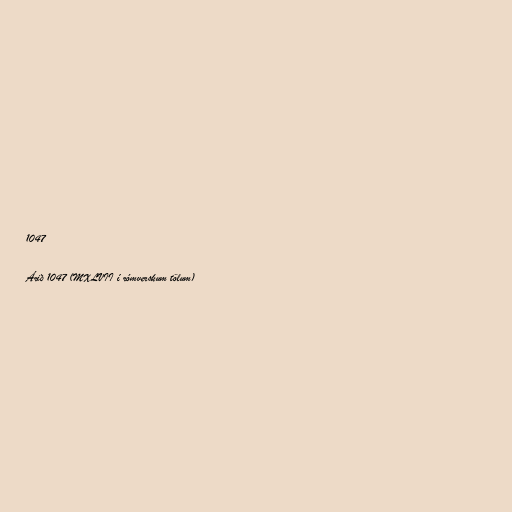
1047

Árið 1047 (MXLVII í rómverskum tölum)